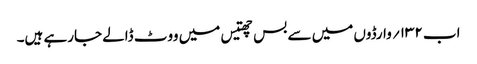
اب ۱۳۲؍ وارڈوں میں سے بس چھتیس میں ووٹ ڈالے جارہے ہیں۔